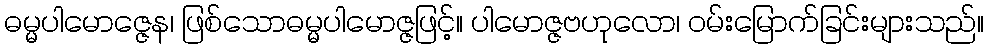
ဓမ္မပါမောဇ္ဇေန၊ ဖြစ်သောဓမ္မပါမောဇ္ဇဖြင့်။ ပါမောဇ္ဇဗဟုလော၊ ဝမ်းမြောက်ခြင်းများသည်။